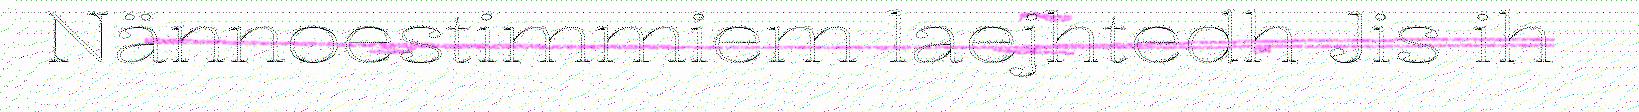
Nännoestimmiem laejhtedh Jis ih